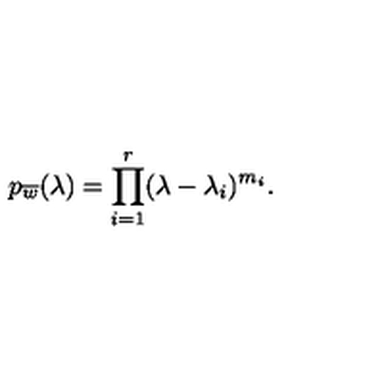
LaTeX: p _ { \overline { { w } } } ( \lambda ) = \prod _ { i = 1 } ^ { r } ( \lambda - \lambda _ { i } ) ^ { m _ { i } } .